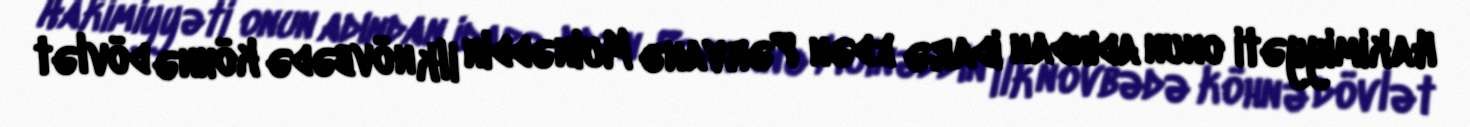
Hakimiyyəti onun adından idarə edən Pərvanə Muinəddin ilk növbədə köhnə dövlət